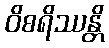
ဝိစရိဿန္တိ